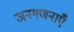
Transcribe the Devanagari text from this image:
जनगणनाएँ